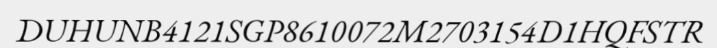
DUHUNB4121SGP8610072M2703154D1HQFSTR